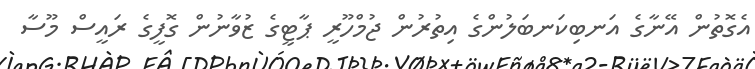
އެގޮތުން އޭނާގެ އަނބިކަނބަލުންގެ އިތުރުން ޖުމްހޫރީ ޕާޓީގެ ޒުވާނުން ގޮފީގެ ރައީސް މޫސާ